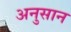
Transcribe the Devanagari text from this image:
अनुसान